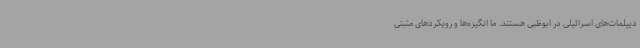
دیپلمات‌های اسرائیلی در ابوظبی هستند. ما انگیزه‌ها و رویکردهای مثبتی